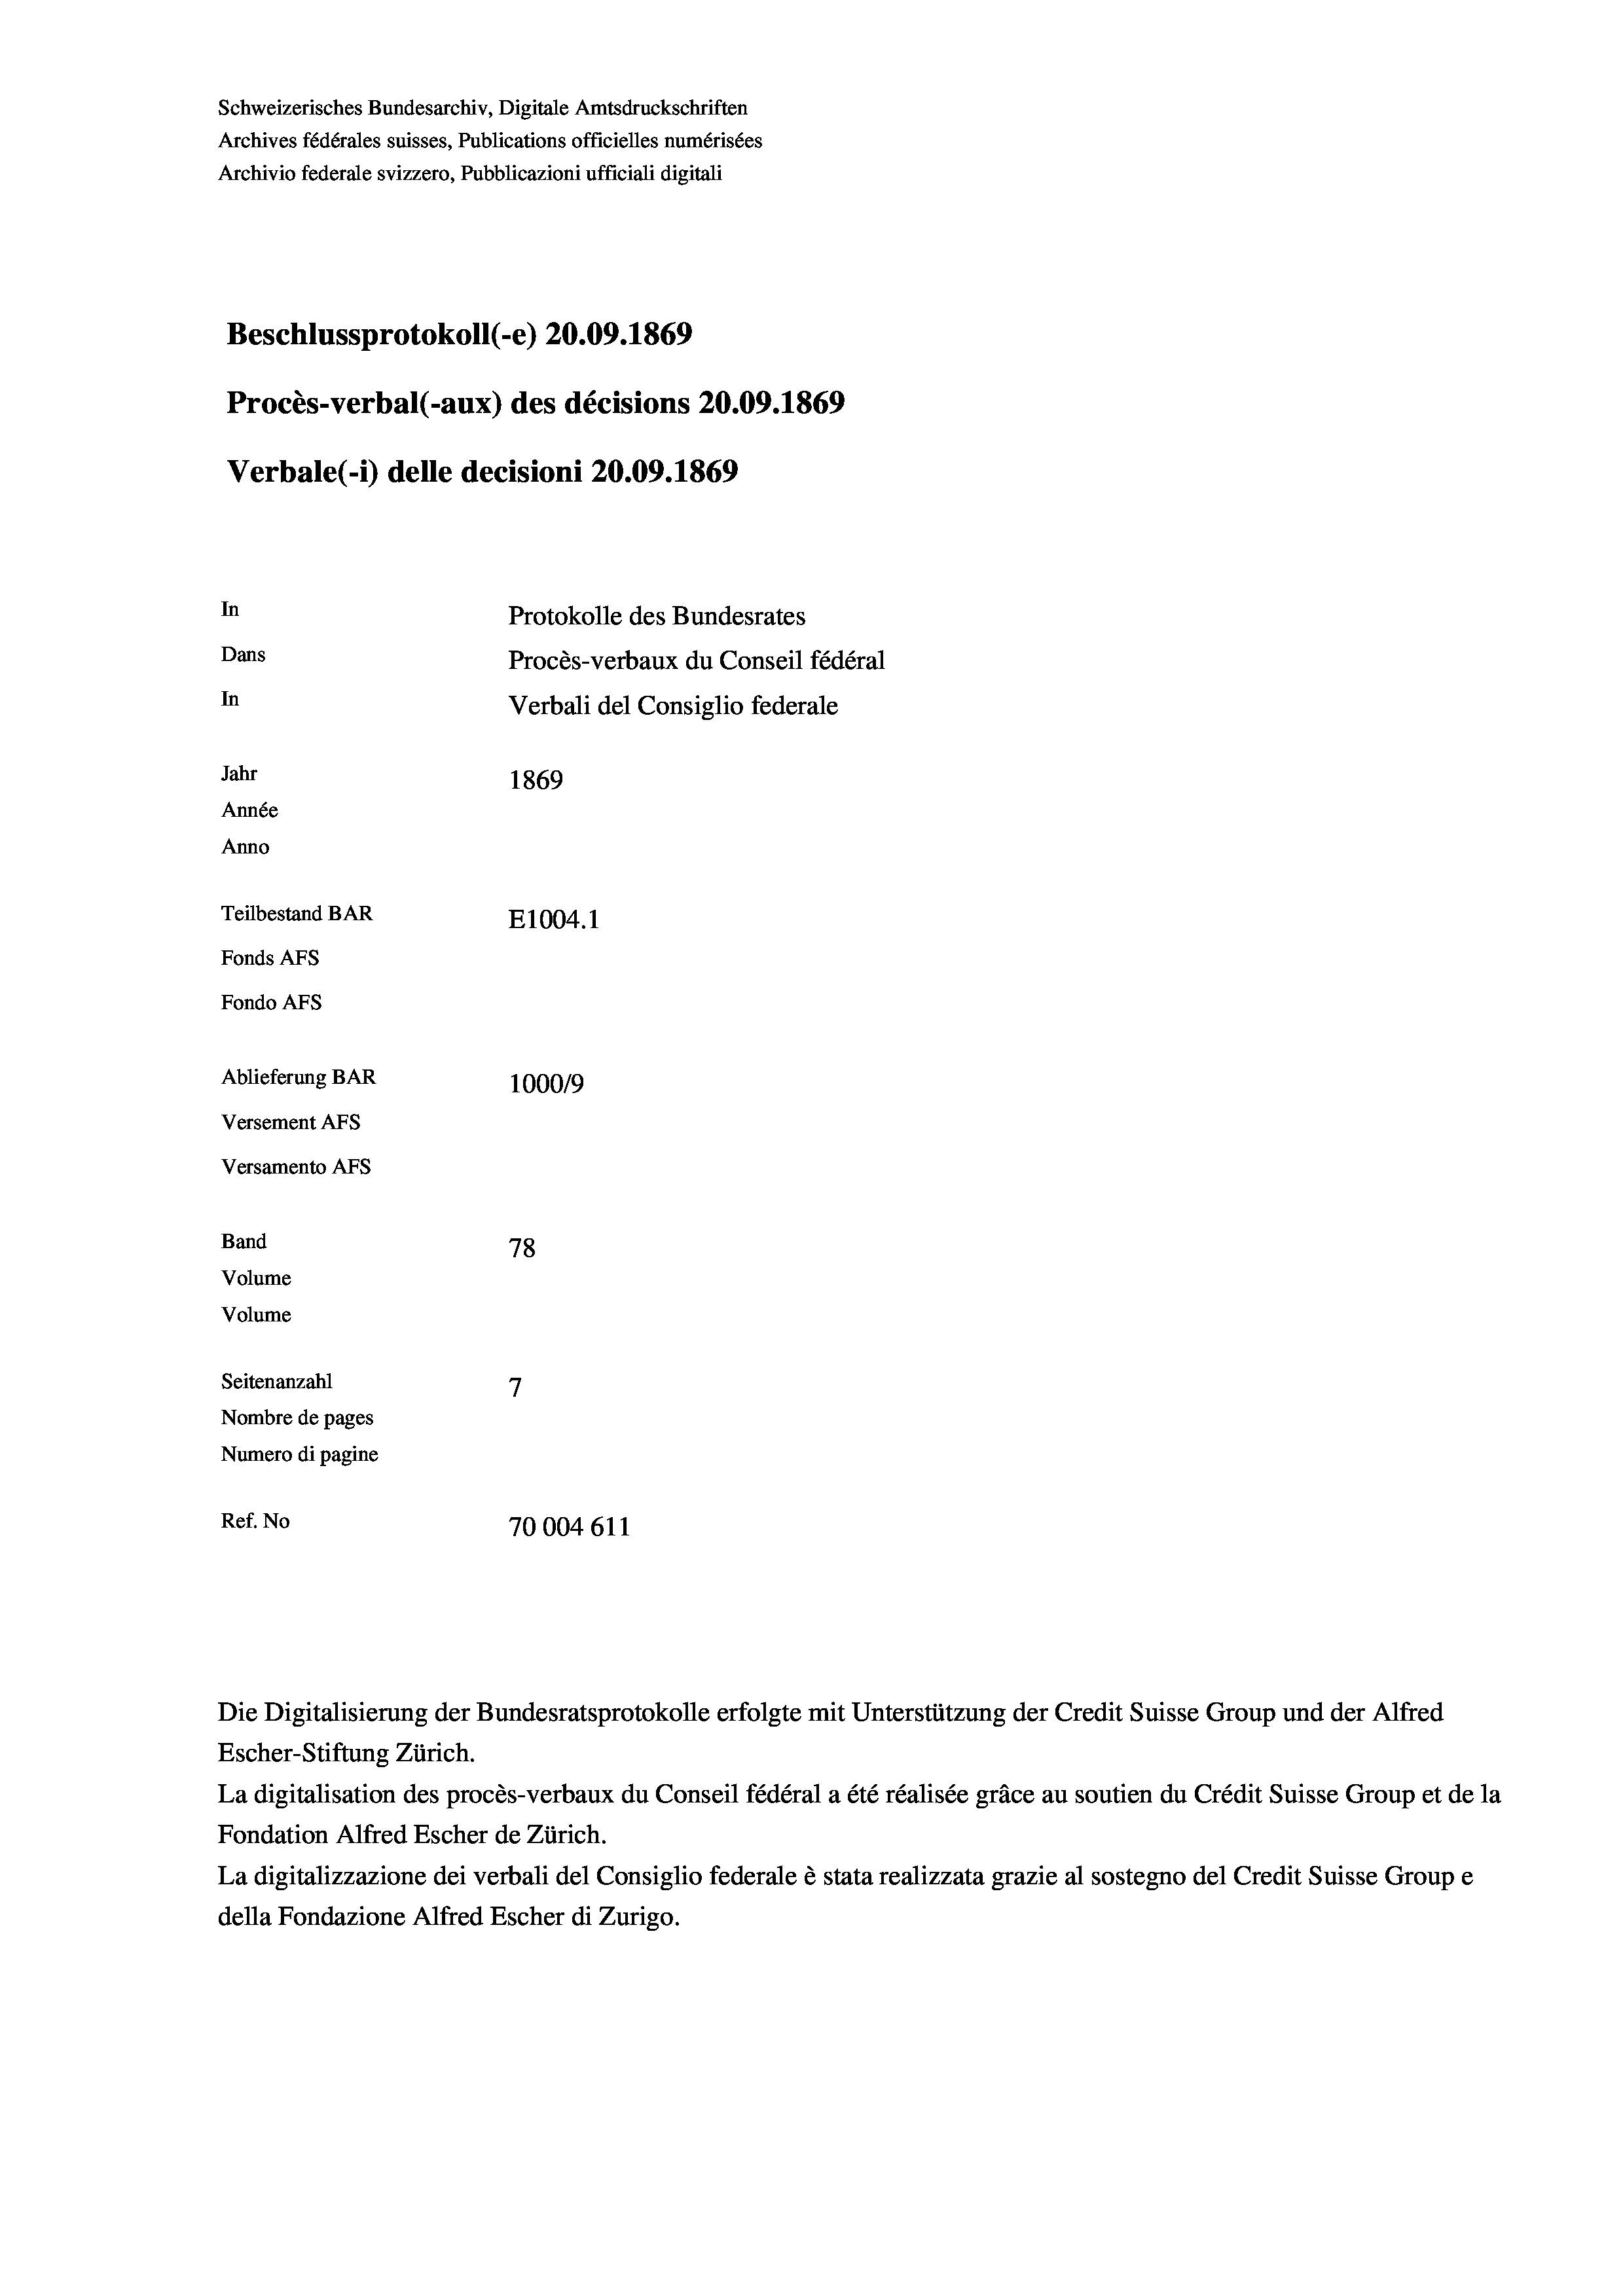
Schweizerisches Bundesarchiv, Digitale Amtsdruckschriften
Archives fédérales suisses, Publications officielles numérisées
Archivio federale svizzero, Pubblicazioni ufficiali digitali
Beschlussprotokoll (-e) 20.09. 1869
Procès-verbal (-aux) des décisions 20.09.1869
Verbale (1) delle decisioni 20.09. 1869
In
Protokolle des Bundesrates
Dans
Procès-verbaux du Conseil fédéral
In
Verbali del Consiglio federale
Jahr
1869
Année
Anno
Teilbestand BAR
E1004. 1
Fonds AFs
Fondo Afs
Ablieferung BAR
100019
Versement AFS
Versamento Afs
Band
78
Volume
Volume
7
Seitenanzahl
Nombre de pages
Numero di pagine
Ref. No
70004611

Escher-Stiftung Zürich.
La digitalisation des procès-verbaux du Conseil fédéral a été réalisée gräce au soutien du Crédit Suisse Group et de la
Fondation Alfred Escher de Zürich.
La digitalizzazione dei verbali del Consiglio federale è stata realizzata grazie al sostegno del Credit Suisse Groupe
della Fondazione Alfred Escher di Zurigo.

Die Digitalisierung der Bundesratsprotokolle erfolgte mit Unterstützung der Credit Suisse Group und der Alfred